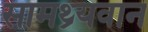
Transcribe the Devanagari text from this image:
सामथ्र्यवान